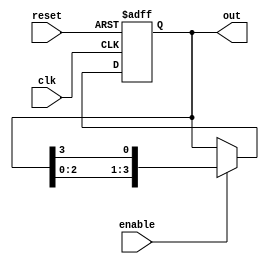
module multi_stage_ring_counter #(
    parameter N = 4  // Number of stages (flip-flops)
)(
    input wire clk,         // Clock input
    input wire reset,       // Asynchronous reset
    input wire enable,      // Enable signal
    output reg [N-1:0] out  // Output of the ring counter
);

    // Internal register to hold the current state
    reg [N-1:0] state;

    // Asynchronous reset and state update on clock edge
    always @(posedge clk or posedge reset) begin
        if (reset) begin
            // Initialize the counter to the first flip-flop set to '1'
            state <= 1'b1; // Only the first flip-flop is '1'
        end else if (enable) begin
            // Shift the '1' to the next flip-flop in the ring
            state <= {state[N-2:0], state[N-1]};
        end
    end

    // Assign the current state to the output
    always @(*) begin
        out = state;
    end

endmodule